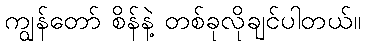
ကျွန်တော် စိန်နဲ့ တစ်ခုလိုချင်ပါတယ်။